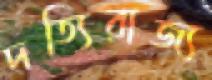
দত্যিরাজ্য